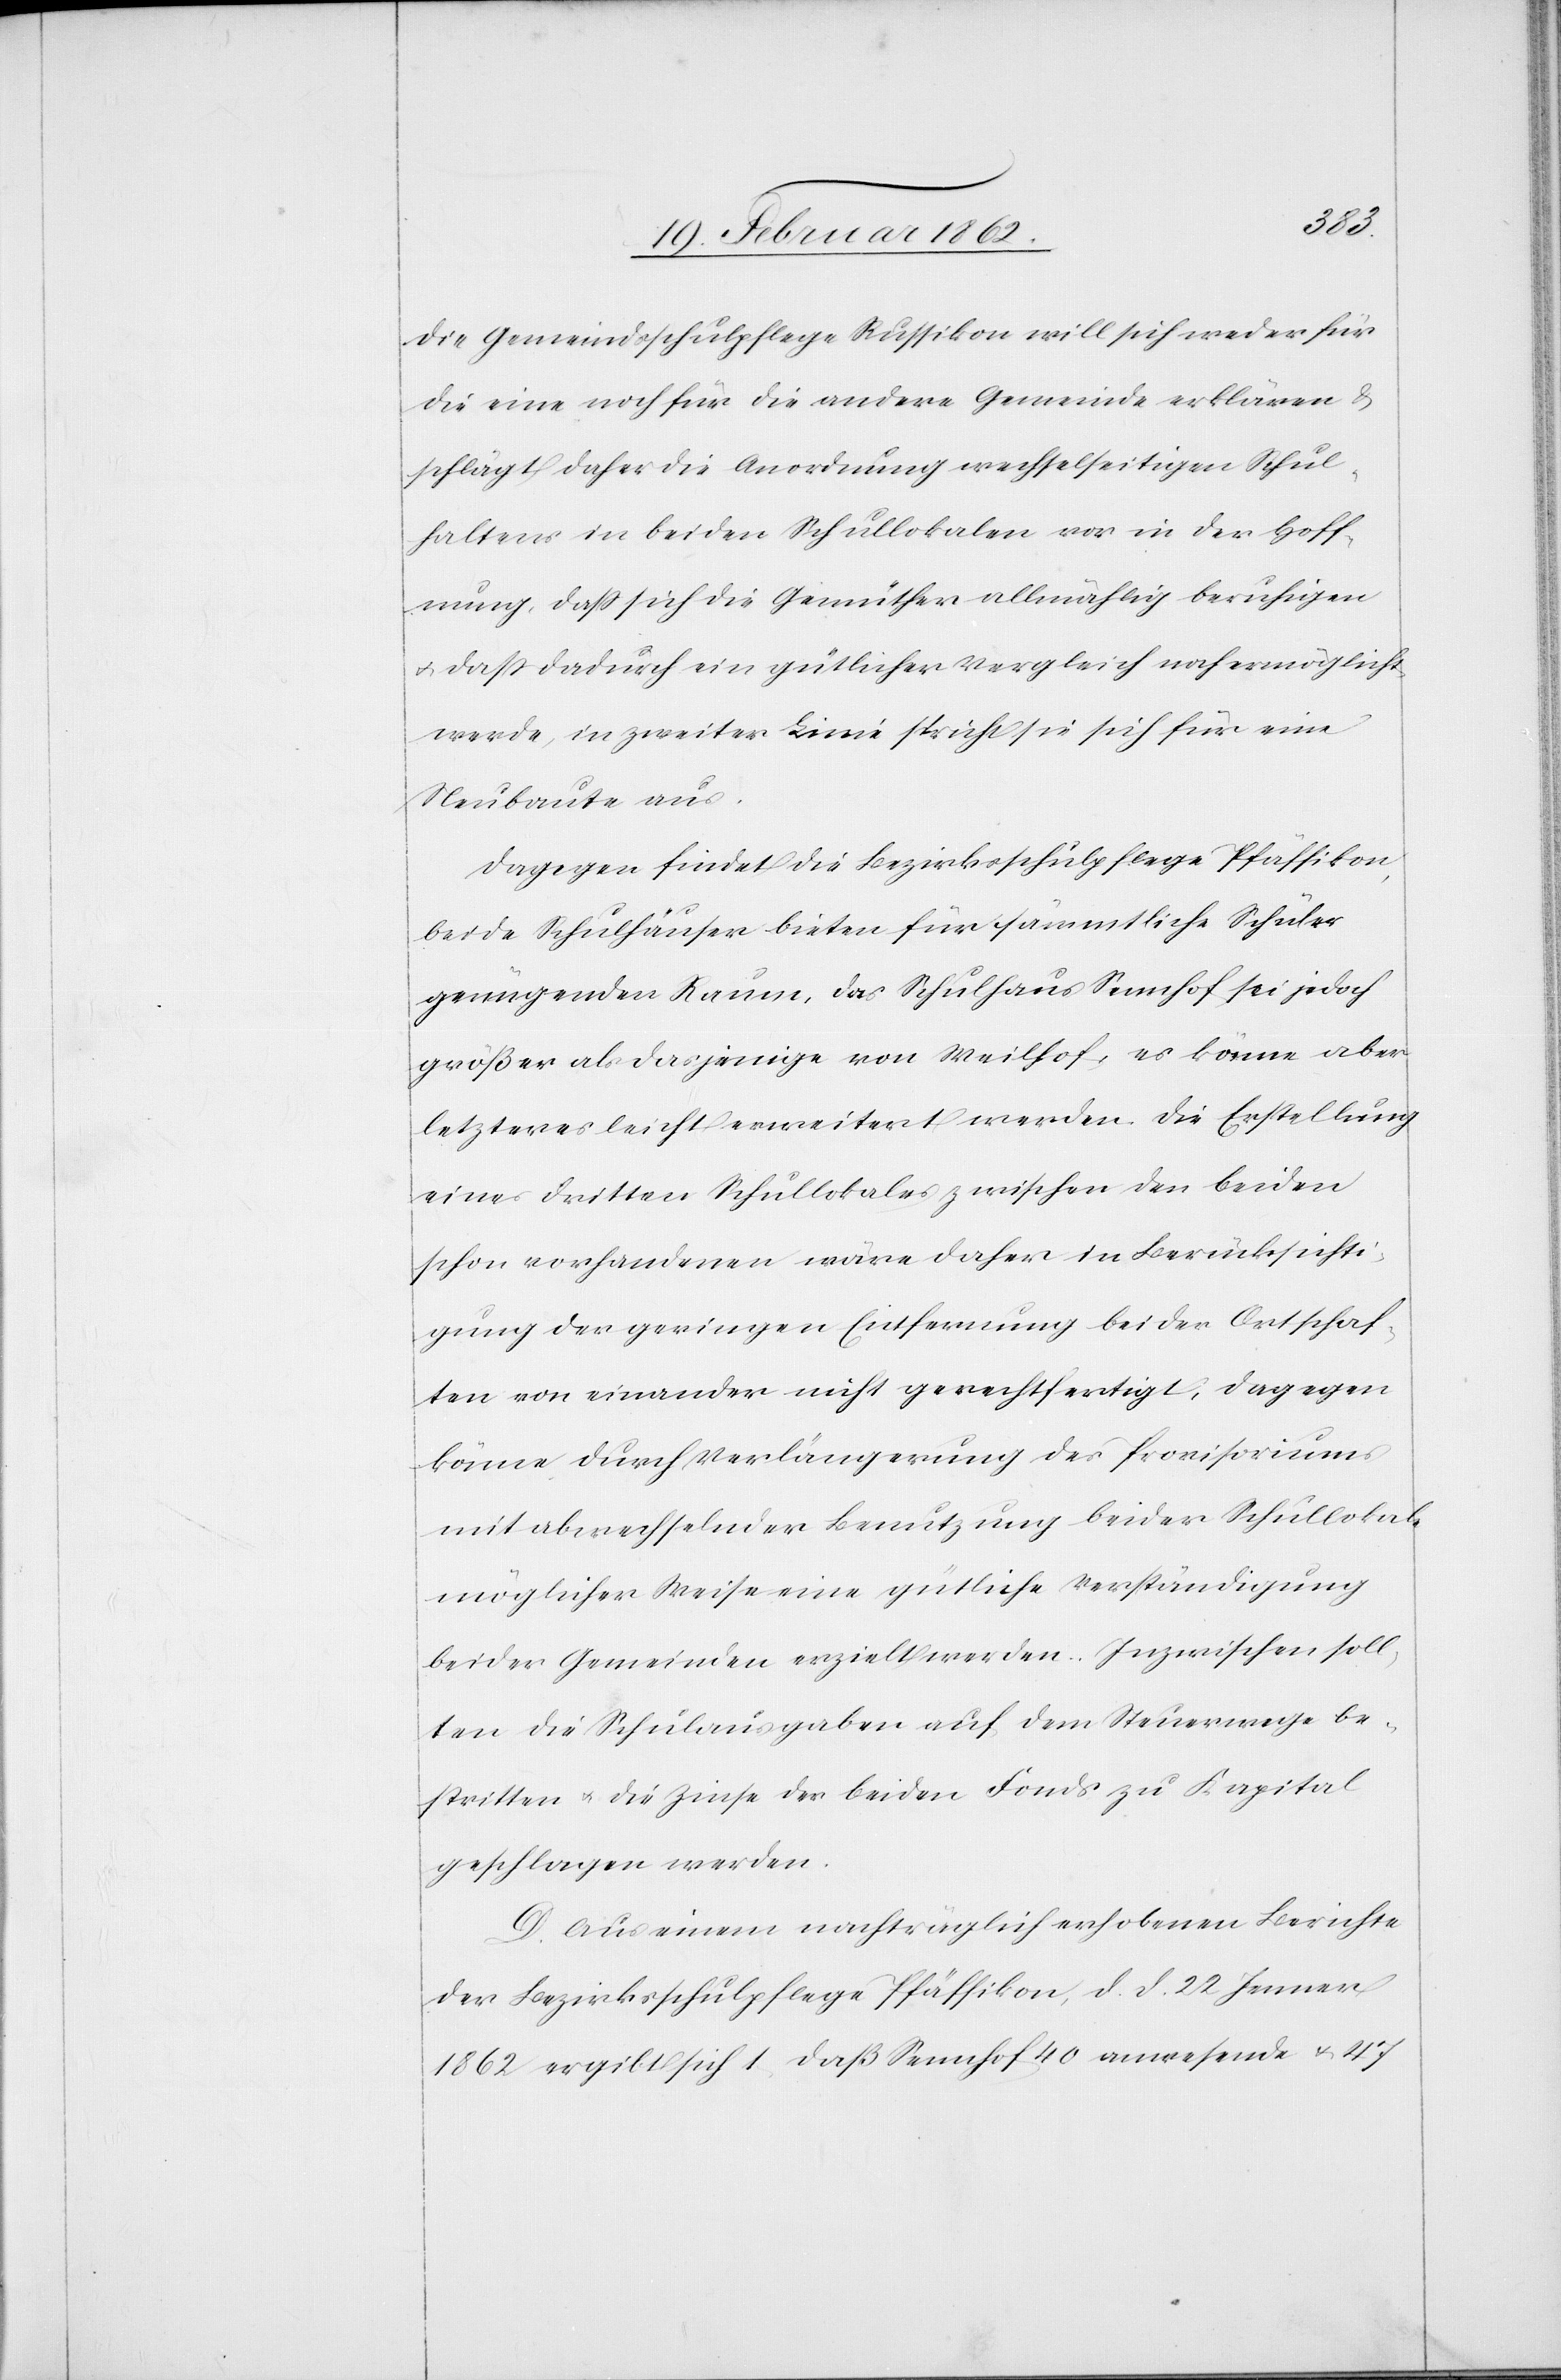
Die Gemeindsschulpflege Russikon will sich weder für
die eine noch für die andere Gemeinde erklären &
schlägt daher die Anordnung wechselseitigen Schul¬
haltens in beiden Schullokalen vor in der Hoff¬
nung, daß sich die Gemüther allmählig beruhigen
u. daß dadurch ein gütlicher Vergleich noch ermöglicht
werde, in zweiter Linie spricht sie sich für eine
Neubaute aus.
Dagegen findet die Bezirksschulpflege Pfäffikon,
beide Schulhäuser bieten für sämmtliche Schüler
genügenden Raum, das Schulhaus Sennhof sei jedoch
größer als dasjenige von Weilhof, es könne aber
letzteres leicht erweitert werden. Die Erstellung
eines dritten Schullokales zwischen den beiden
schon vorhandenen wäre daher in Berücksichti¬
gung der geringen Entfernung beider Ortschaf¬
ten von einander nicht gerechtfertigt, dagegen
könne durch Verlängerung des Provisoriums
mit abwechselnder Benutzung beider Schullokale
möglicher Weise eine gütliche Verständigung
beider Gemeinden erzielt werden. Inzwischen soll¬
ten die Schulausgaben auf dem Steuerwege be¬
stritten u. die Zinse der beiden Fonds zu Kapital
geschlagen werden.
D. Aus einem nachträglich erhobenen Berichte
der Bezirksschulpflege Pfäffikon, d. d. 22. Jenner
1862 ergibt sich 1) daß Sennhof 40 anwesende u. 47